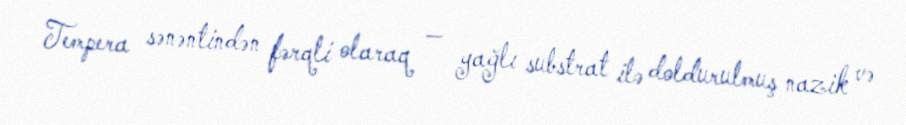
Tempera sənəntindən fərqli olaraq — yağlı substrat ilə doldurulmuş nazik və